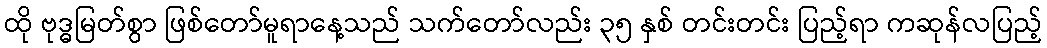
ထို ဗုဒ္ဓမြတ်စွာ ဖြစ်တော်မူရာနေ့သည် သက်တော်လည်း ၃၅ နှစ် တင်းတင်း ပြည့်ရာ ကဆုန်လပြည့်